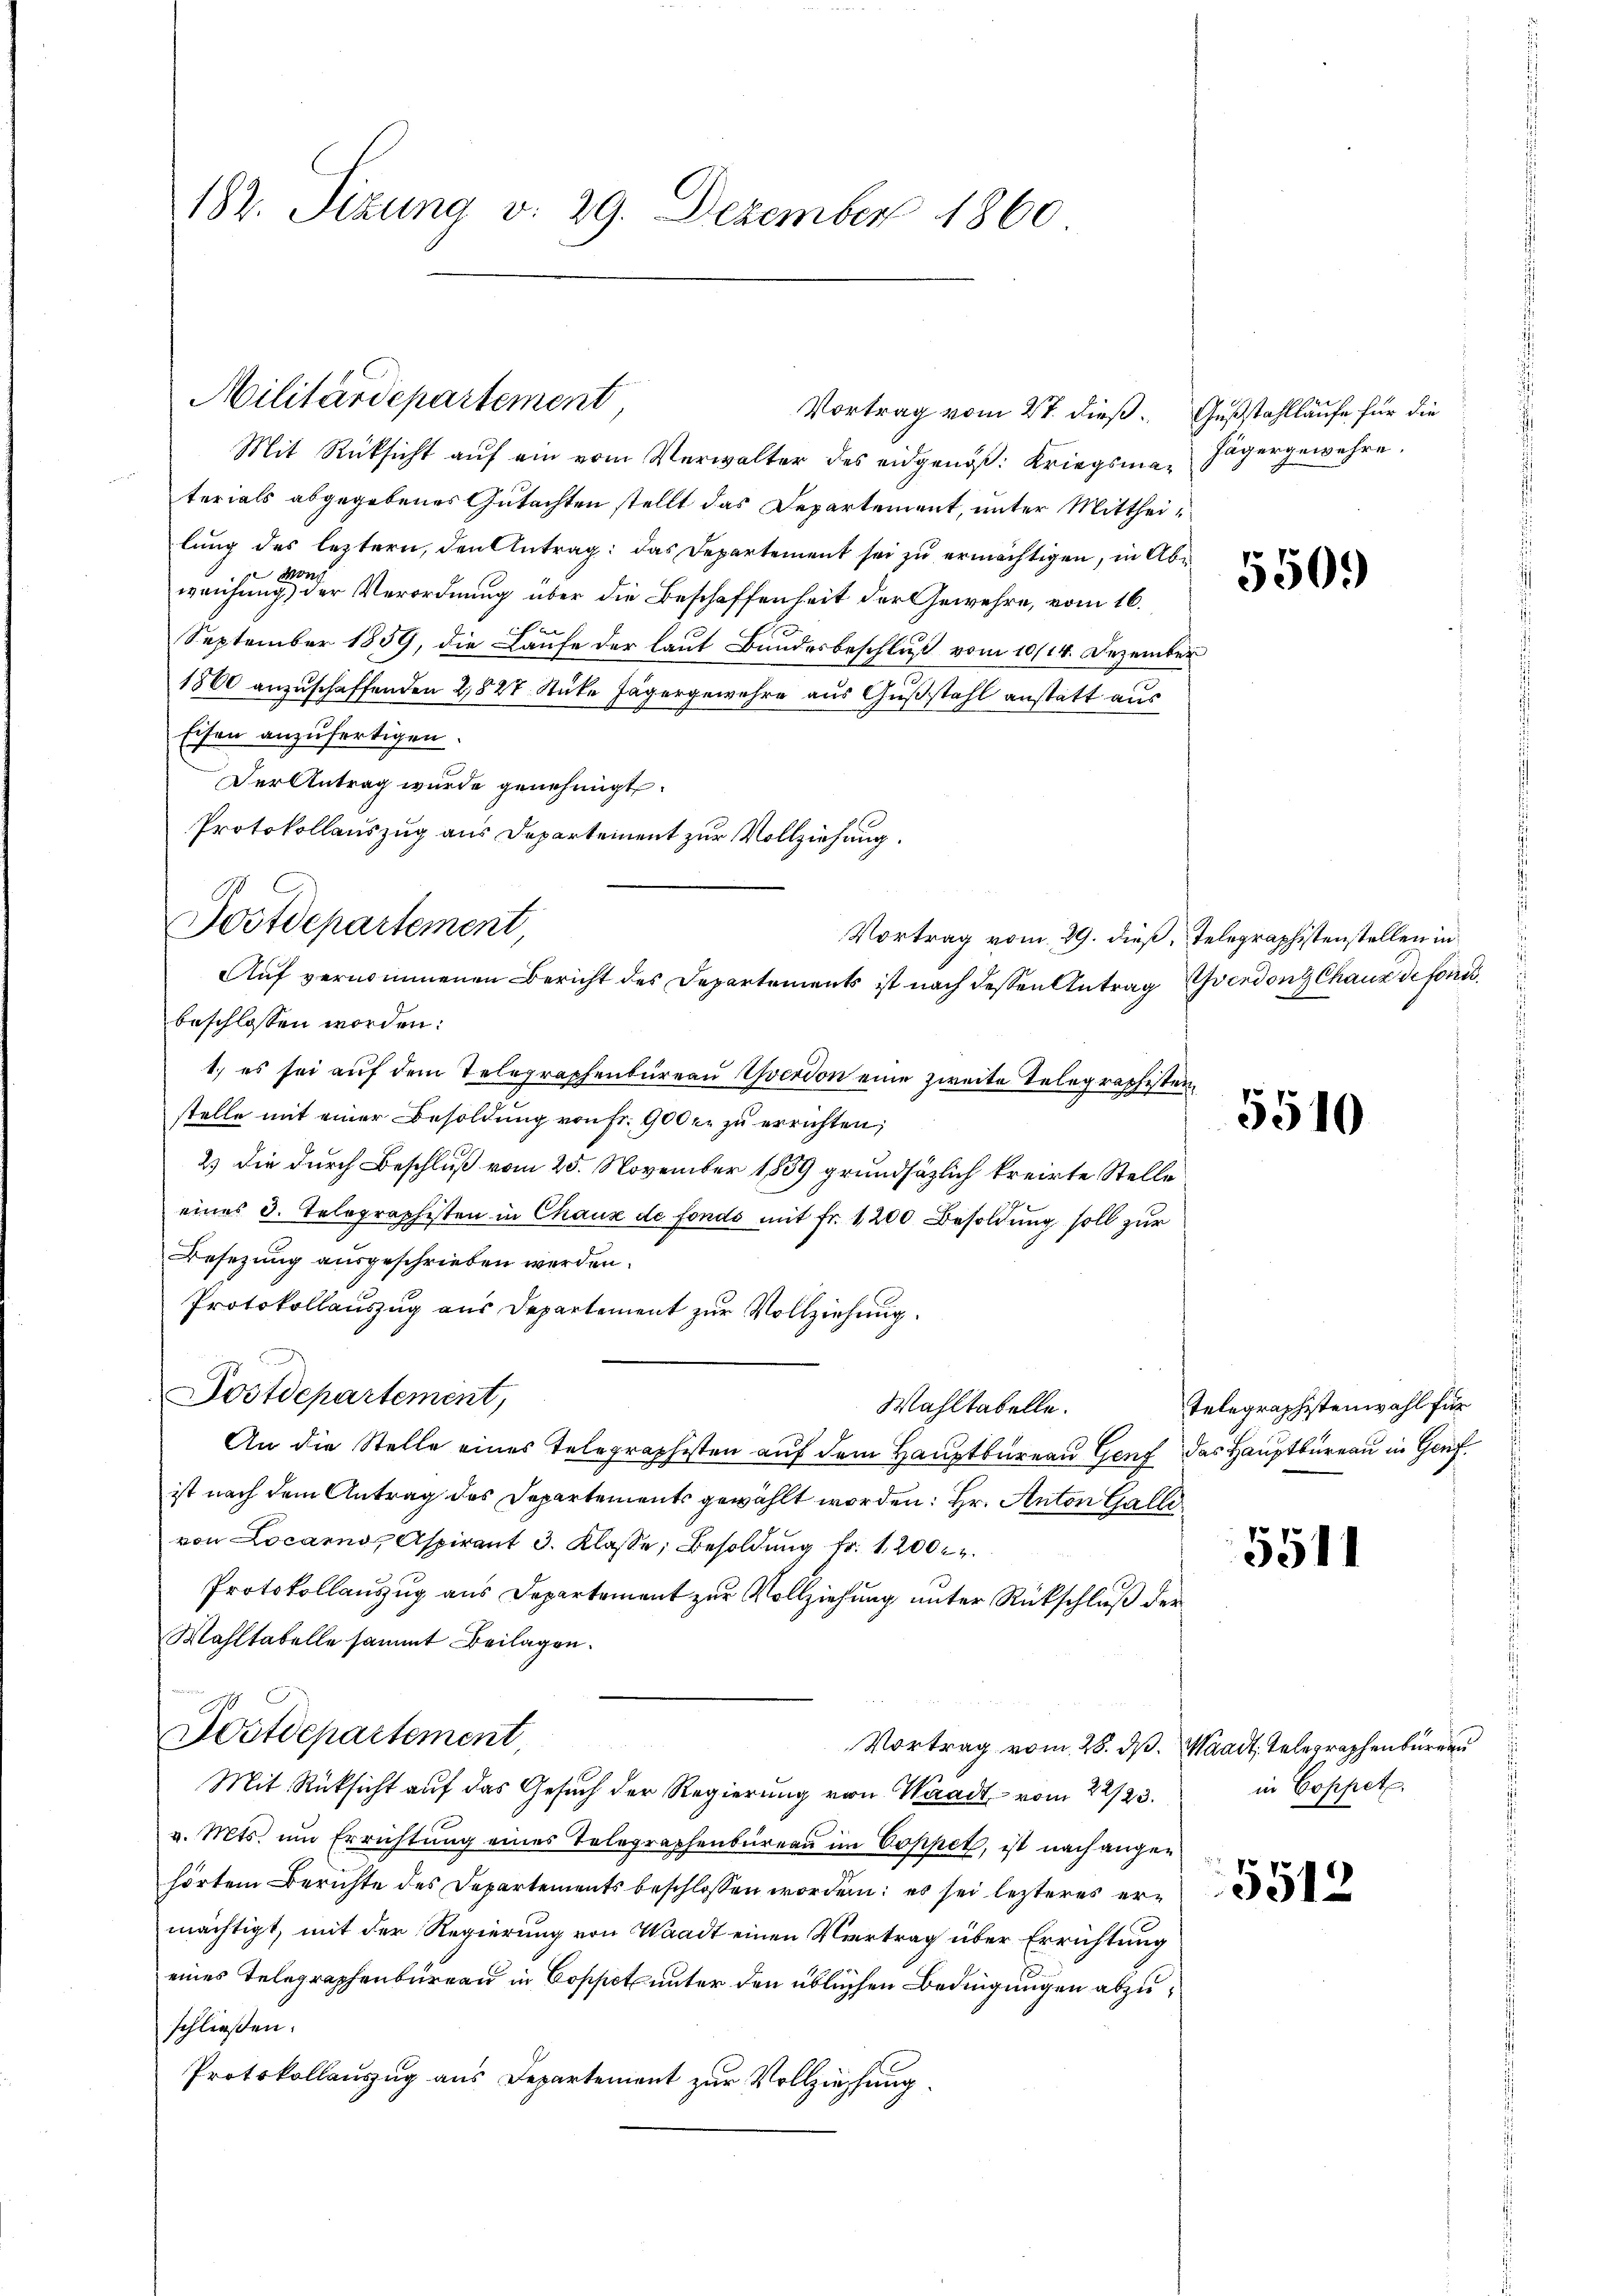
182. Sizung v. 29. Dezember 1860

Militärdepartement,
Vortrag vom 27. dieß Gußstahllaufe für die

Mit Rücksicht auf ein vom Verwalter des eidgenöß: Kriegsma-Jägergewehre.
terials abgegebenes Gutachten stellt das Departement, unter Mittheilung des leztern, den Antrag: das Departement sei zu ermächtigen, in Abweichung der Verordnung über die Beschaffenheit der Gewehre, vom 16.
September 1859, die Laufe der laut Bundesbeschluß vom 10/14. Dezember
1860 anzuschaffenden 2827 Stüke Jägergewehre aus Gußstahl anstatt aus
Eisen anzufertigen.
Der Antrag wurde genehmigt.
Protokollauszug aus Departement zur Vollziehung.
Vortrag vom 29. dieß, Telegraphistenstellen in
Auf vernommenen Bericht des Departements ist nach dessen Antrag verdons Chaux de fonc
beschlossen worden:
1.) es sei aŭf dem Telegraphenbüreau verdon eine zweite Telegraphisten
stelle mit einer Besoldung von fr. 900 er zu errichten,
2) die durch Beschluß vom 25. November 1889 grundsätzlich kreirte Stelle
eines 3. Telegraphisten in Chaux de Fonds mit Fr. 1200 Besoldung soll zur
Besetzung ausgeschrieben werden.
Protokollauszug aus Departement zur Vollziehung.
Postdepartement,
Wahltabelle.
An die Stelle eines Telegraphisten auf dem Hauptbureau Genf das Hauptbureau in Genf
ist nach dem Antrag des Departements gewählt worden: Hr. Anton Galli
von Locarno, Aspirant 3. Klasse, Besoldung fr. 1200
Protokollauszug aus Departement zur Vollziehung unter Rückschluß der
Wahltabelle sammt Beilagen.
Dostdepartement,
Vortrag vom 28. ds. Waadt, Telegraphenburg au
Mit Rücksicht auf das Gesŭch der Regierŭng von Waadt vom 22/23. in Coppet
v. Mts. um Errichtung eines Telegraphenbüreau im Coppet, ist nach angehörtem Berichte des Departements beschlossen worden: es sei lezteres er
mächtigt, mit der Regierung von Waadt einen Vertrag über Errichtung
eines Telegraphenbureau in Coppet unter den üblichen Bedingungen abzuschließen:
Protokollauszug aus Departement zur Vollziehung.

Postdepartement,

550.

5510

Telegraphistenwahl für

5511